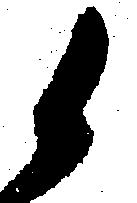
候